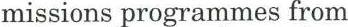
missions programmes from